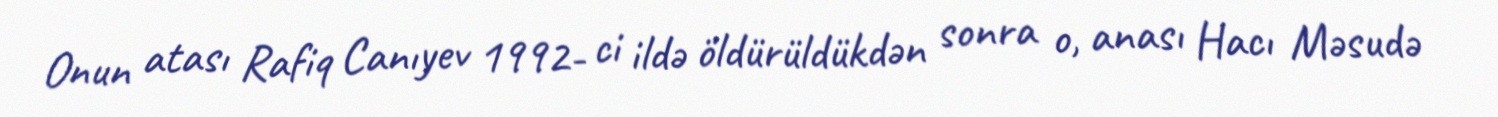
Onun atası Rafiq Canıyev 1992- ci ildə öldürüldükdən sonra o, anası Hacı Məsudə